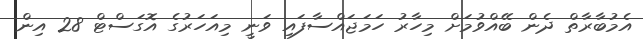
އެމުބާރާތް ދެން ބޭއްވުމަށް މިހާރު ހަމަޖައްސާފައި ވަނީ މިއަހަރުގެ އޮގަސްޓް 28 އިން